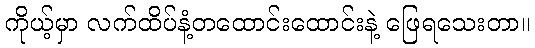
ကိုယ့်မှာ လက်ထိပ်နံ့တထောင်းထောင်းနဲ့ ဖြေရသေးတာ။